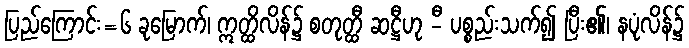
ပြည်ကြောင်း=၆ ခုမြောက်၊ ဣတ္ထိလိန်၌ စတုတ္ထီ ဆဋ္ဌီဟု -ီ ပစ္စည်းသက်၍ ပြီး၏၊ နပုံလိန်၌